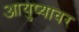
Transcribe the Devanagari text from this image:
आयुष्‍यावर